Indian Medical Review
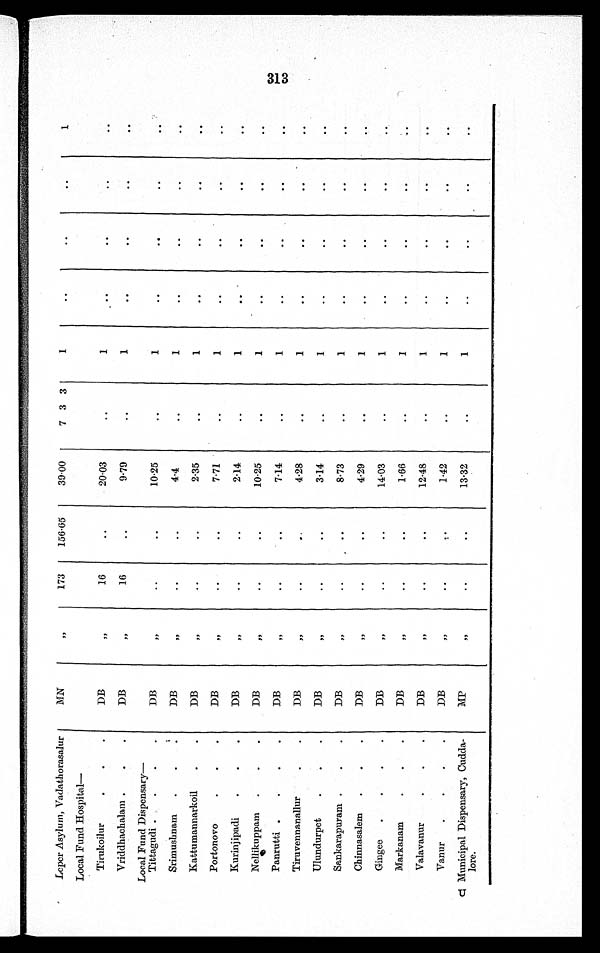
Leper Asylum, Vadathorasalur
MN
,,
173
156·65
39·00
7 3 3
1
. .
..
..
1
Local Fund Hospital
—
Tirukoilur
D B
,,
16
..
20·03
. .
1
..
..
. .
..
Vriddhachalam
D B
, ,
16
..
9·79
..
1
. .
. .
. .
. .
Local Fund Dispensary
—
Tittagudi
DB
, ,
. .
. .
10·25
..
1
..
..
..
..
Srimushnam
DB
, ,
. .
. .
4 · 4
..
1
..
..
. .
. .
Kattumannarkoil
DB
, ,
..
. .
2 · 3 5
..
1
..
..
. .
. .
Portonovo
D B
,,
..
..
7·71
. .
1
..
..
. .
..
Kurinjipadi
DB
, ,
. .
. .
2·14
..
1
..
..
..
..
Nellikuppam
D B
, ,
. .
. .
10·25
. .
1
. .
. .
. .
. .
Panrutti
DB
,,
..
. .
7·14
..
1
..
..
..
. .
Tiruvennanallur
D B
, ,
. .
. .
4·28
..
1
..
. .
. .
. .
Ulundurpet
DB
, ,
. .
. .
3·14
..
1
..
..
..
..
Sankarapuram
DB
,,
. .
..
8 · 7 3
..
1
. .
. .
. .
. .
Chinnasalem
D B
, ,
. .
. .
4·29
..
1
..
. .
..
. .
Gingee
DB
, ,
. .
. .
14·03
..
1
..
..
..
. .
Markanam
DB
, ,
. .
. .
1·66
..
1
..
..
..
..
Valavanur
D B
, ,
. .
. .
12·48
..
1
..
. .
. .
. .
Vanur
DB
, ,
. .
. .
1·42
..
1
..
..
..
..
Municipal Dispensary, Cudda-
l o r e . U
MP
, ,
..
..
13·32
..
1
..
..
..
..
313